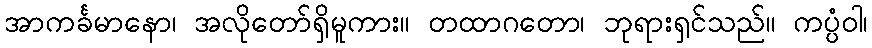
အာကင်္ခမာနော၊ အလိုတော်ရှိမူကား။ တထာဂတော၊ ဘုရားရှင်သည်။ ကပ္ပံဝါ၊